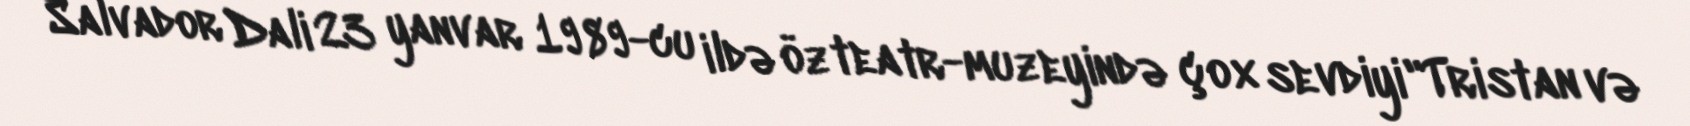
Salvador Dali 23 yanvar 1989-cu ildə öz teatr-muzeyində çox sevdiyi "Tristan və